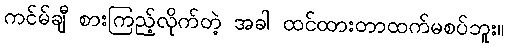
ကင်မ်ချီ စားကြည့်လိုက်တဲ့ အခါ ထင်ထားတာထက်မစပ်ဘူး။